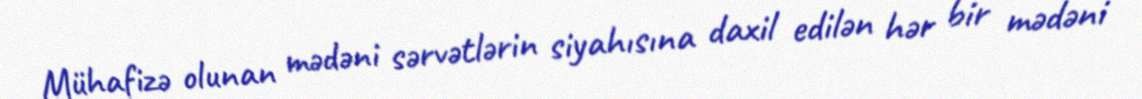
Mühafizə olunan mədəni sərvətlərin siyahısına daxil edilən hər bir mədəni